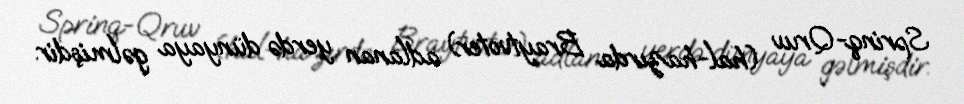
Sprinq-Qruv (hal-hazırda Braytvoter) adlanan yerdə dünyaya gəlmişdir.